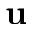
{ \bf \delta u }